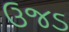
ઉજડ